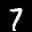
Label: 7